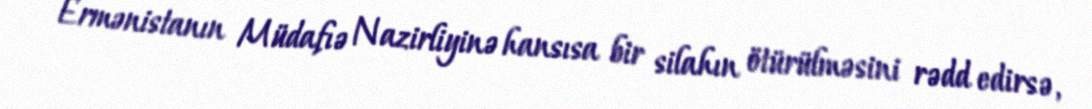
Ermənistanın Müdafıə Nazirliyinə hansısa bir silahın ötürülməsini rədd edirsə,